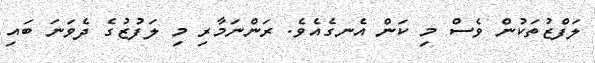
ލަފްޒުތަކުން ވެސް މި ކަން އެނގެއެވެ. ރަންނަމާރި މި ލަފުޒުގެ ދެވަނަ ބައި